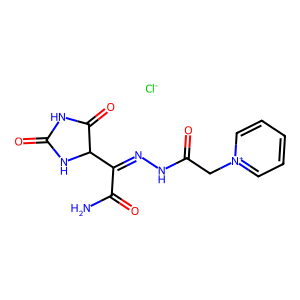
SMILES: NC(=O)C(=NNC(=O)C[n+]1ccccc1)C1NC(=O)NC1=O.[Cl-]
Inhibits HIV replication: No